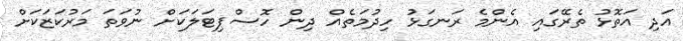
އަދި އަތޮޅު ތެރޭގައި އެންމެ ރަނގަޅު ހިދުމަތެއް ދިން ހޮސްޕިޓަލަކަށް ނުވަތަ މަރުކަޒަކަށް